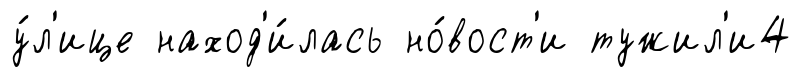
у́л'ице наход'и́лась но́вост'и тужил'и4